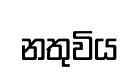
නතුවිය